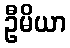
ဦမိယာ